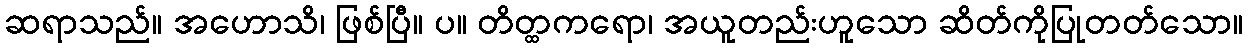
ဆရာသည်။ အဟောသိ၊ ဖြစ်ပြီ။ ပ။ တိတ္ထကရော၊ အယူတည်းဟူသော ဆိတ်ကိုပြုတတ်သော။